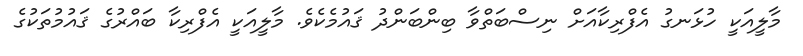
މާލީއަކީ ހުޅަނގު އެފްރިކާއަށް ނިސްބަތްވާ ބިންބަންދު ޤައުމެކެވެ. މާލީއަކީ އެފްރިކާ ބައްރުގެ ޤައުމުތަކުގެ